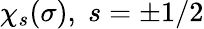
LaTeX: \chi_{s}(\sigma),\; s=\pm 1/2